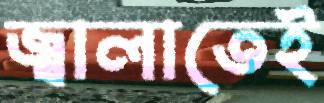
জ্বালাতেই